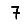
Digit: 7